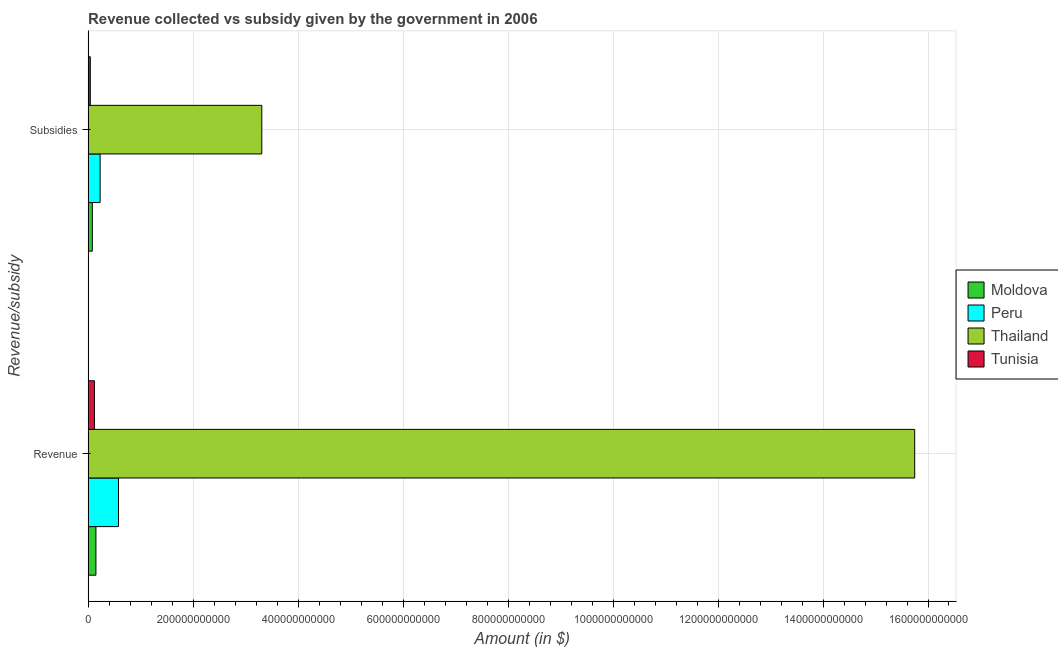
| Revenue/subsidy | Moldova | Peru | Thailand | Tunisia |
 | --- | --- | --- | --- | --- |
 | Revenue | 1.49e+10 | 5.79e+10 | 1.57e+12 | 1.21e+10 |
 | Subsidies | 8.06e+09 | 2.29e+10 | 3.31e+11 | 4.2e+09 |